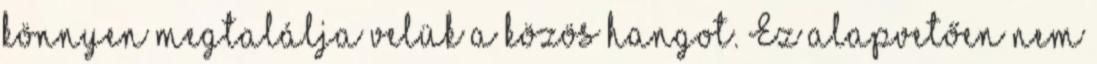
könnyen megtalálja velük a közös hangot. Ez alapvetően nem